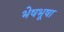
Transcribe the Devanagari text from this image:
भेषभूषा